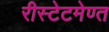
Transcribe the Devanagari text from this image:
रीस्टेटमेण्त